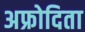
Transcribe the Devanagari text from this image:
अफ्रोदिता